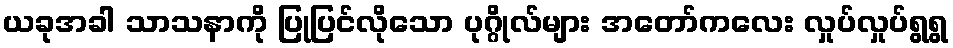
ယခုအခါ သာသနာကို ပြုပြင်လိုသော ပုဂ္ဂိုလ်များ အတော်ကလေး လှုပ်လှုပ်ရွရွ